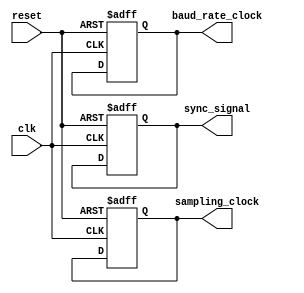
module uart_timing_control (
    input wire clk,
    input wire reset,
    // Define input and output ports for various clock signals
    output reg baud_rate_clock,
    output reg sampling_clock,
    output reg sync_signal
);

// Generate baud rate clock signal
always @(posedge clk or posedge reset) begin
    if (reset) begin
        baud_rate_clock <= 1'b0;
    end else begin
        // Define baud rate clock generation logic here
    end
end

// Generate sampling clock signal
always @(posedge clk or posedge reset) begin
    if (reset) begin
        sampling_clock <= 1'b0;
    end else begin
        // Define sampling clock generation logic here
    end
end

// Generate synchronization signal
always @(posedge clk or posedge reset) begin
    if (reset) begin
        sync_signal <= 1'b0;
    end else begin
        // Define synchronization signal generation logic here
    end
end

endmodule